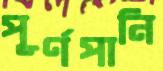
পূর্ণপানি